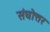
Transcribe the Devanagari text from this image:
संघोत्तर